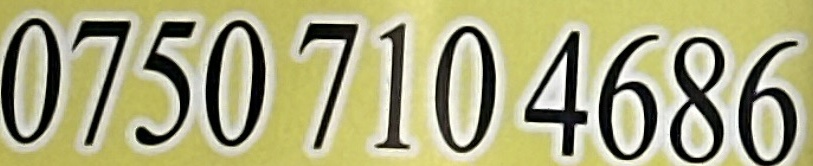
0750 710 4686